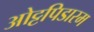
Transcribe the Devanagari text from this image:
ओट्टपिडारम